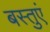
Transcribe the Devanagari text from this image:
बस्तुएं